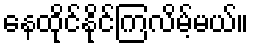
နေထိုင်နိုင်ကြလိမ့်မယ်။